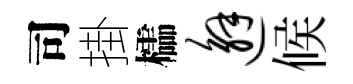
司掛櫺邂候